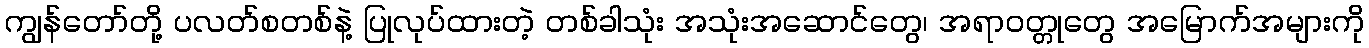
ကျွန်တော်တို့ ပလတ်စတစ်နဲ့ ပြုလုပ်ထားတဲ့ တစ်ခါသုံး အသုံးအဆောင်တွေ၊ အရာဝတ္တုတွေ အမြောက်အများကို